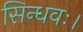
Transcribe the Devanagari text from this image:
सिन्धवः।